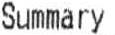
SUMMARY